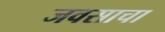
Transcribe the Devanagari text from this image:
जवसाचा